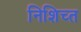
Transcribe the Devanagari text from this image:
निशिच्त